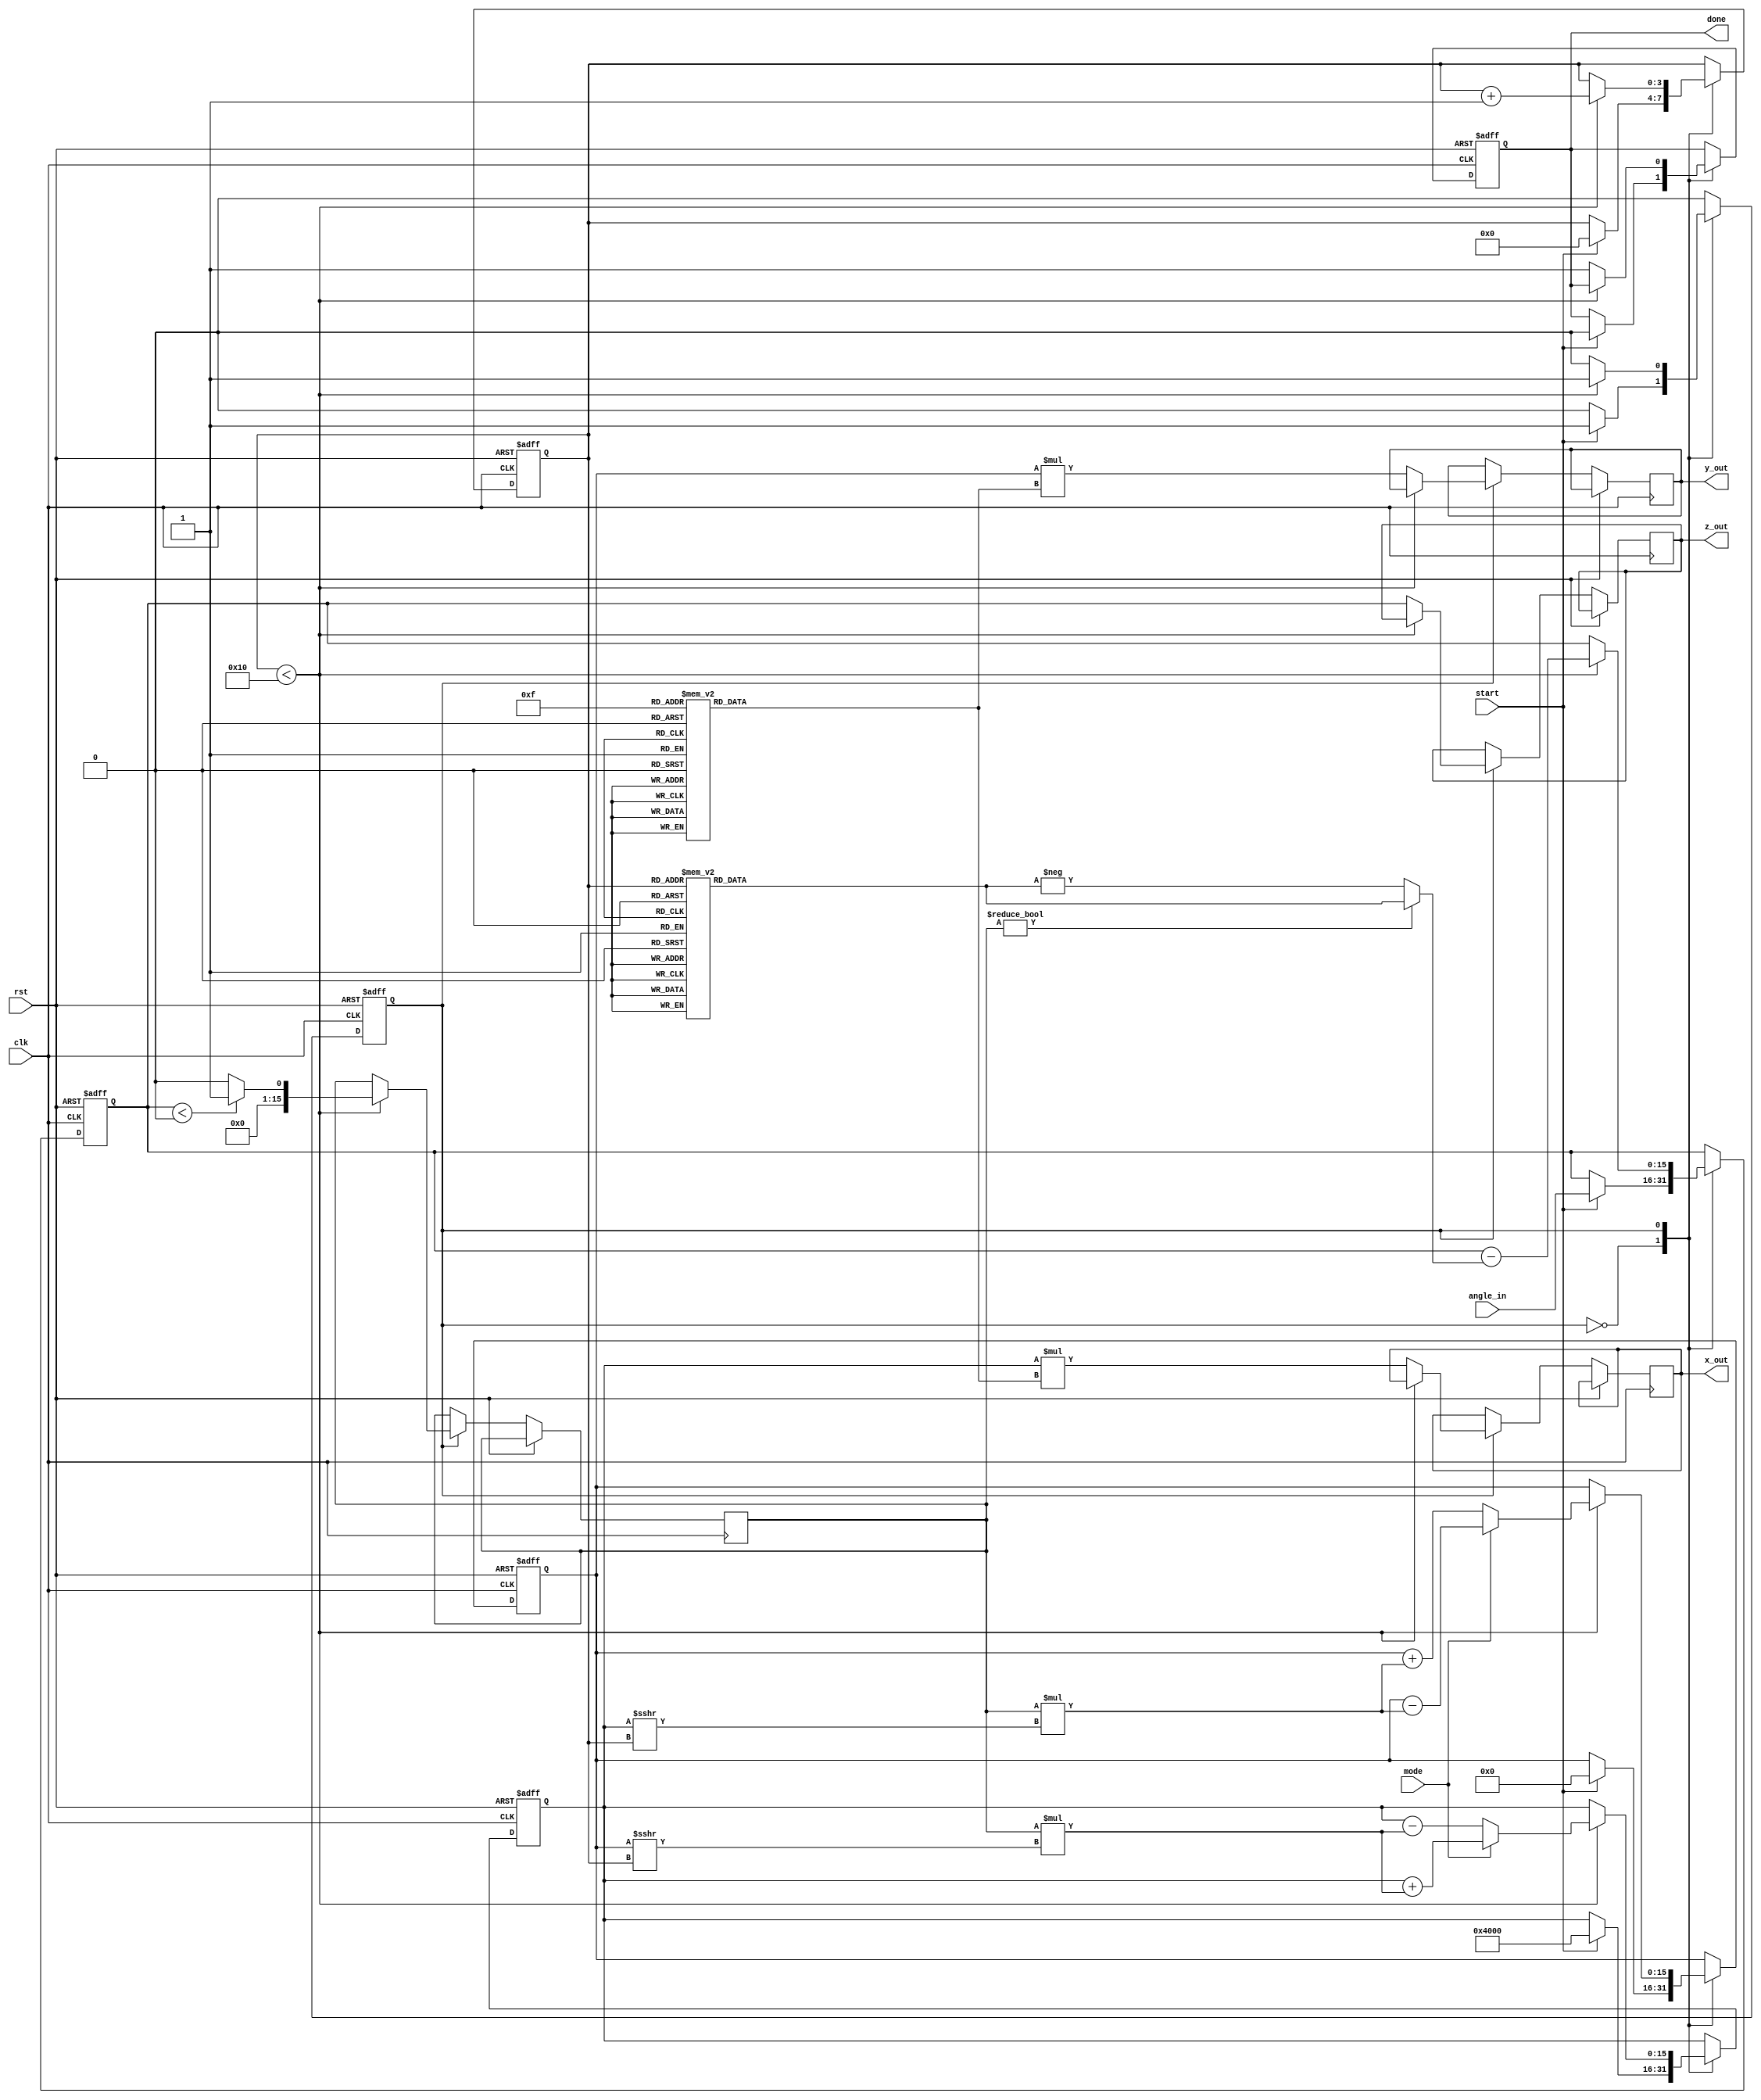
module cordic #(
    parameter DATA_WIDTH = 16, // Width of input/output data
    parameter NUM_ITERATIONS = 16 // Number of CORDIC iterations
)(
    input wire clk,
    input wire rst,
    input wire start,
    input wire [DATA_WIDTH-1:0] angle_in, // Input angle in fixed-point representation
    input wire mode, // 0 for rotation, 1 for vectoring
    output reg [DATA_WIDTH-1:0] x_out,
    output reg [DATA_WIDTH-1:0] y_out,
    output reg [DATA_WIDTH-1:0] z_out,
    output reg done
);

    // Lookup tables for angles (atan(2^-i)) and gains
    reg [DATA_WIDTH-1:0] angle_lut [0:NUM_ITERATIONS-1];
    reg [DATA_WIDTH-1:0] gain_lut [0:NUM_ITERATIONS-1];

    // CORDIC registers
    reg [DATA_WIDTH-1:0] x, y, z;
    reg [NUM_ITERATIONS-1:0] d; // Direction control
    reg [3:0] iteration; // Iteration counter
    reg state; // State for FSM

    // Initialization of LUTs
    initial begin
        // Populate angle LUT with atan(2^-i) values (in fixed-point)
        angle_lut[0] = 16'h2000; // atan(1) = pi/4 in fixed-point
        angle_lut[1] = 16'h1666; // atan(1/2) in fixed-point
        angle_lut[2] = 16'h0D89; // atan(1/4) in fixed-point
        // ... (Fill in the rest of the LUT values)
        
        // Populate gain LUT with gain factors
        gain_lut[0] = 16'h1FFF; // Gain for first iteration
        gain_lut[1] = 16'h1B6C; // Gain for second iteration
        gain_lut[2] = 16'h1A3D; // Gain for third iteration
        // ... (Fill in the rest of the LUT values)
    end

    // Control FSM
    always @(posedge clk or posedge rst) begin
        if (rst) begin
            x <= 16'h0000;
            y <= 16'h0000;
            z <= 16'h0000;
            iteration <= 0;
            done <= 0;
            state <= 0;
        end else begin
            case (state)
                0: begin // Idle state
                    if (start) begin
                        x <= 16'h4000; // Initial x = 1.0 in fixed-point
                        y <= 16'h0000; // Initial y = 0.0 in fixed-point
                        z <= angle_in; // Load input angle
                        iteration <= 0;
                        done <= 0;
                        state <= 1; // Move to iteration state
                    end
                end

                1: begin // Iteration state
                    if (iteration < NUM_ITERATIONS) begin
                        d <= (z < 0) ? 1'b1 : 1'b0; // Determine direction
                        // Update CORDIC equations
                        if (mode == 0) begin // Rotation mode
                            x <= x - (d * (y >>> iteration));
                            y <= y + (d * (x >>> iteration));
                            z <= z - (d ? angle_lut[iteration] : -angle_lut[iteration]);
                        end else begin // Vectoring mode
                            x <= x + (d * (y >>> iteration));
                            y <= y - (d * (x >>> iteration));
                            z <= z - (d ? angle_lut[iteration] : -angle_lut[iteration]);
                        end
                        iteration <= iteration + 1;
                    end else begin
                        // Final output after all iterations
                        x_out <= x * gain_lut[NUM_ITERATIONS-1]; // Apply final gain
                        y_out <= y * gain_lut[NUM_ITERATIONS-1]; // Apply final gain
                        z_out <= z; // Output angle
                        done <= 1; // Indicate completion
                        state <= 0; // Go back to idle
                    end
                end
            endcase
        end
    end
endmodule